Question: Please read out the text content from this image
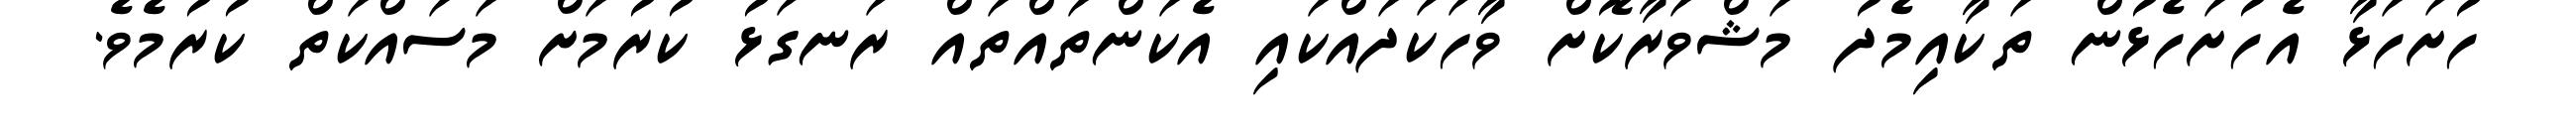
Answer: ހުށަހަޅާ އެހުށަހެޅުން ތަކާއިމެދު މަޝްވަރާކޮށް ވާހަކަދައްކައި އެކަންތައްތައް ރަނގަޅު ކުރުމަށް މަސައްކަތް ކުރުމެވެ.